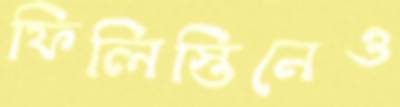
ফিলিস্তিনেও